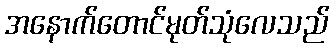
အနောက်တောင်မုတ်သုံလေသည်